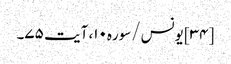
[۳۴] یونس/سوره۱۰، آیت ۷۵۔